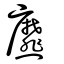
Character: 爢